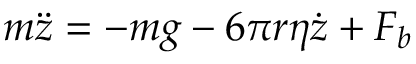
m \ddot { z } = - m g - 6 \pi r \eta \dot { z } + F _ { b }